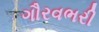
ગૌરવભરી